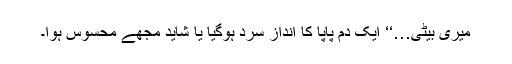
میری بیٹی…‘‘ ایک دم پاپا کا انداز سرد ہوگیا یا شاید مجھے محسوس ہوا۔